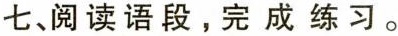
七、阅读语段。完成练习。